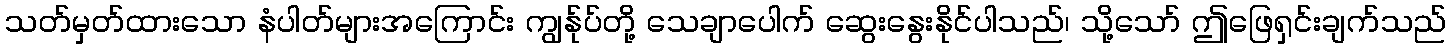
သတ်မှတ်ထားသော နံပါတ်များအကြောင်း ကျွန်ုပ်တို့ သေချာပေါက် ဆွေးနွေးနိုင်ပါသည်၊ သို့သော် ဤဖြေရှင်းချက်သည်